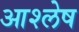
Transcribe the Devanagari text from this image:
आश्लेष